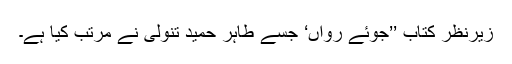
زیرنظر کتاب ’’جوئے رواں‘ جسے طاہر حمید تنولی نے مرتب کیا ہے۔